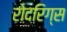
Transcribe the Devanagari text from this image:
रोदरिग्स